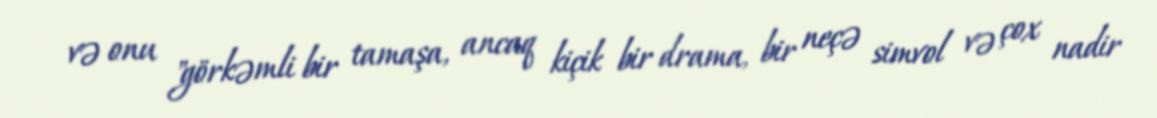
və onu "görkəmli bir tamaşa, ancaq kiçik bir drama, bir neçə simvol və çox nadir